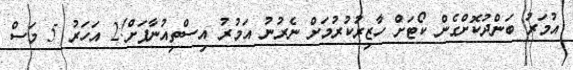
އުމަރު ބަންދުކޮށްގެން ކޯޓަށް ހާޒިރުކުރުމަށް ނެރުނު އަމުރު އިސްތިއުނާފަށް!2 އަހަރު 5 މަސް